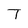
Character: T